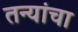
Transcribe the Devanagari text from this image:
तन्यांचा